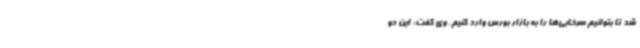
شد تا بتوانیم سرخابی‌ها را به بازار بورس وارد کنیم. وی گفت: این دو